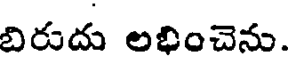
బిరుదు లభించెను.